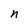
Character: n